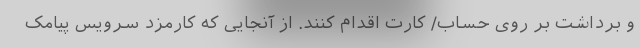
و برداشت بر روی حساب/ کارت اقدام کنند. از آنجایی که کارمزد سرویس پیامک